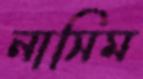
নাসিম